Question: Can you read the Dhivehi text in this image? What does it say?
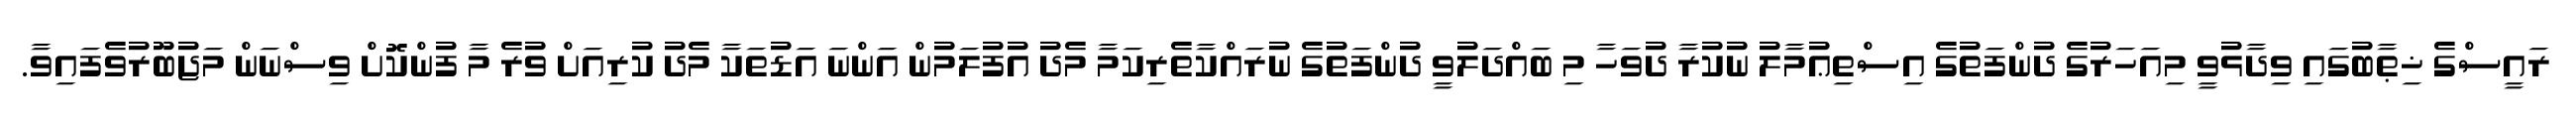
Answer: ރައީސްގެ ޚިޠާބުގައި ވިދާޅުވީ މިއަހަރުގެ ދުންފަތުގެ އިސްތިޢުމާލު ނުކުރާ ދުވަހާ މި ބައްދަލުވީ ދުންފަތުގެ ނުރައްކާތެރިކަމާ މެދު އުފުލަމުން އަންނަ އަޑުތަކާ މެދު ކުރިއަށް ވުރެ މާ ފުންކޮށް ވިސްނަން މަޖުބޫރުވެފައިވާ.